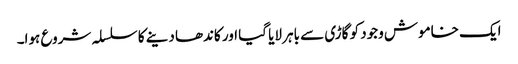
ایک خاموش وجود کو گاڑی سے باہر لایا گیا اور کاندھا دینے کا سلسلہ شروع ہوا۔